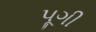
પૂગી